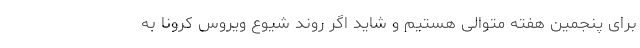
برای پنجمین هفته متوالی هستیم و شاید اگر روند شیوع ویروس کرونا به